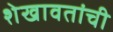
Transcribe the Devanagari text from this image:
शेखावतांची